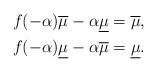
LaTeX: \begin{align*}&f(-\alpha)\overline{\mu}-\alpha\underline{\mu}=\overline{\mu},\\&f(-\alpha)\underline{\mu}-\alpha\overline{\mu}=\underline{\mu}.\end{align*}